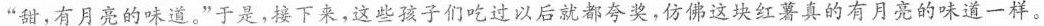
”甜，有月亮的味道。”于是，接下来，这些孩子们吃过以后就都夸奖，仿佛这块红薯真的有月亮的味道一样。